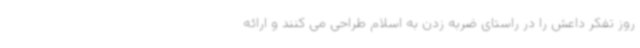
روز تفکر داعش را در راستای ضربه زدن به اسلام طراحی می کنند و ارائه